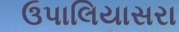
ઉપાલિયાસરા